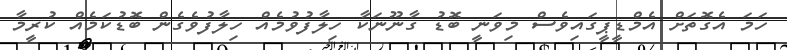
ހަމަ އެގޮތަށް އެމްޑީޕީގައިވެސް މިވަނީ ބޮޑު ގާނޫނަކާ ހިލާފުވުމެއް ހިލާފުވެގެން ބޮޑުކަމެއް ކުރީމާ